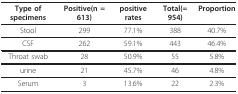
<table><thead><tr><td><b>Type of specimens</b></td><td><b>Positive(n = 613)</b></td><td><b>positive rates</b></td><td><b>Total(= 954)</b></td><td><b>Proportion</b></td></tr></thead><tbody><tr><td>Stool</td><td>299</td><td>77.1%</td><td>388</td><td>40.7%</td></tr><tr><td>CSF</td><td>262</td><td>59.1%</td><td>443</td><td>46.4%</td></tr><tr><td>Throat swab</td><td>28</td><td>50.9%</td><td>55</td><td>5.8%</td></tr><tr><td>urine</td><td>21</td><td>45.7%</td><td>46</td><td>4.8%</td></tr><tr><td>Serum</td><td>3</td><td>13.6%</td><td>22</td><td>2.3%</td></tr></tbody></table>